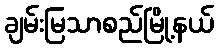
ချမ်းမြသာစည်မြို့နယ်